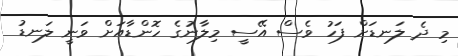
މި ދެ ލަނޑަށް ފަހު ވެސް އޭސީ މިލާނުގެ ހޮންޑާއަށް ވަނީ ލަނޑު